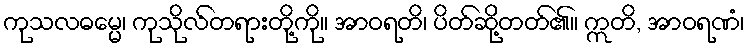
ကုသလဓမ္မေ၊ ကုသိုလ်တရားတို့ကို။ အာဝရတိ၊ ပိတ်ဆို့တတ်၏။ ဣတိ, အာဝရဏံ၊